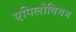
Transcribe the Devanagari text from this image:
एपिलोबियम